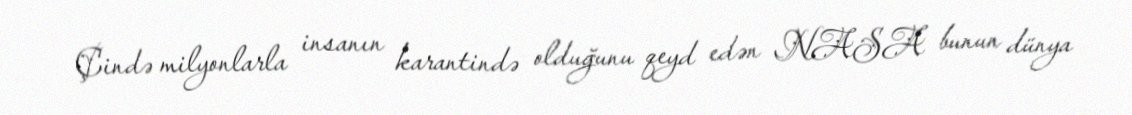
Çində milyonlarla insanın karantində olduğunu qeyd edən NASA bunun dünya